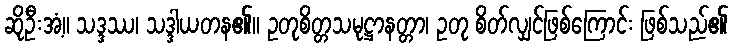
ဆိုဦးအံ့။ သဒ္ဒဿ၊ သဒ္ဒါယတန၏။ ဥတုစိတ္တသမုဋ္ဌာနတ္တာ၊ ဥတု စိတ်လျှင်ဖြစ်ကြောင်း ဖြစ်သည်၏